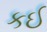
કઈ